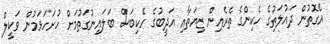
އެގޮތުން ދައުލަތުގެ ހެކިންގެ ތެރެއިން ޒިޔަތާއި އަދީބުގެ ހެކިބަސް ބަލައިނުގަތުމަށް ހުށަހަޅަމުން ވަކީލް